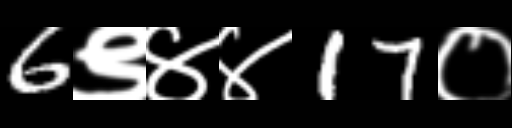
Text: 6९४४17०